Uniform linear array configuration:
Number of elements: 64
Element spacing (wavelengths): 0.75
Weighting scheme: binomial
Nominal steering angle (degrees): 0
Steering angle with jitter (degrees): -1.841
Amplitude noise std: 0.05
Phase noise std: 0.05

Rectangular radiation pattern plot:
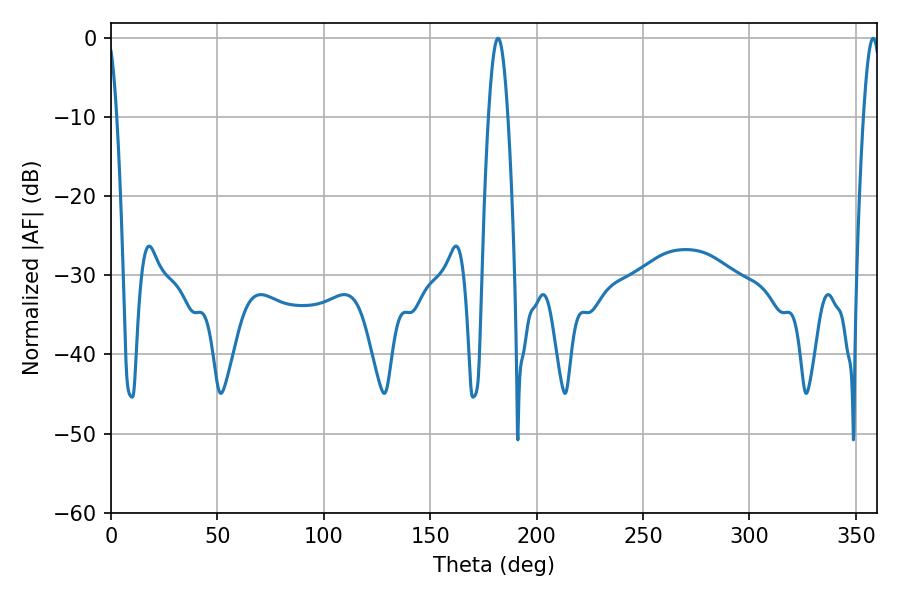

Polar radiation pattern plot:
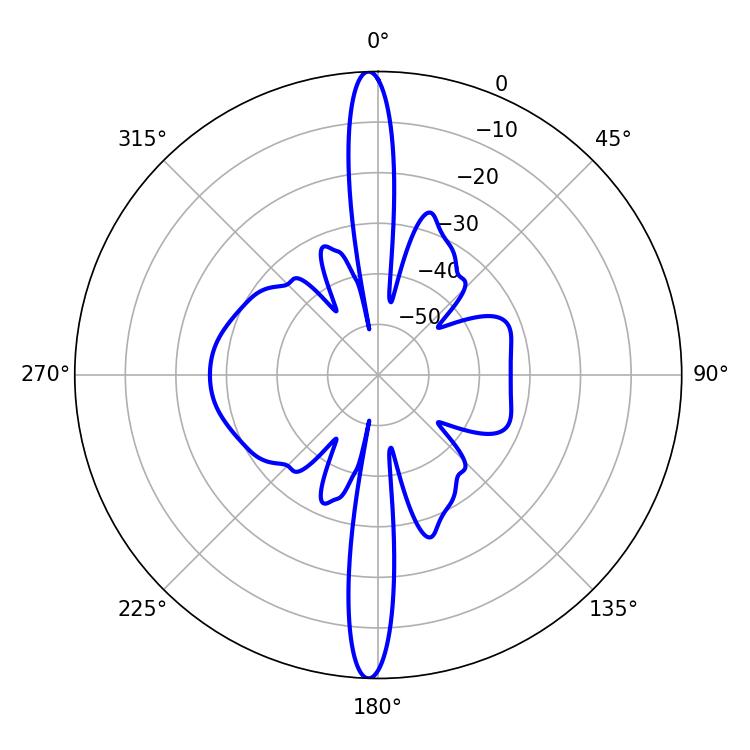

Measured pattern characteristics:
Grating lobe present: TRUE
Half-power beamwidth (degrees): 4.86
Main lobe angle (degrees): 181.8